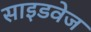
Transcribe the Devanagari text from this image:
साइडवेज